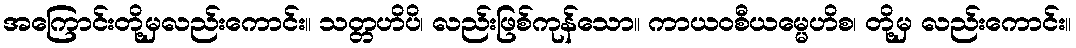
အကြောင်းတို့မှလည်းကောင်း။ သတ္တဟိပိ၊ လည်းဖြစ်ကုန်သော။ ကာယဝစီယမ္မေဟိစ၊ တို့မှ လည်းကောင်း။